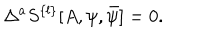
\Delta ^ { a } S ^ { \{ l \} } [ A , \psi , \bar { \psi } ] = 0 .